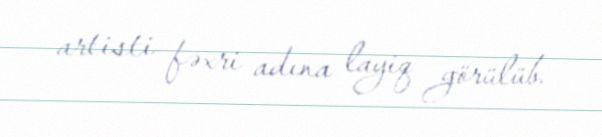
artisti fəxri adına layiq görülüb.